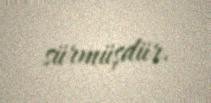
sürmüşdür.